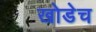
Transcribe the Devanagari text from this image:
खोडेच